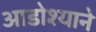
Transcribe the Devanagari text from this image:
आडोश्याने